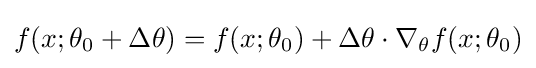
f(x;\theta _{0}+\Delta \theta )=f(x;\theta _{0})+\Delta \theta \cdot \nabla _{\theta }f(x;\theta _{0})